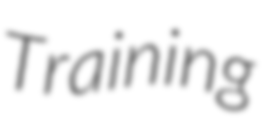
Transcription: Training